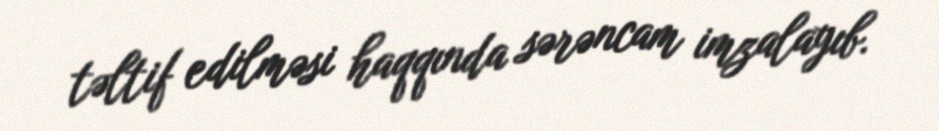
təltif edilməsi haqqında sərəncam imzalayıb.